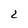
Character: 2